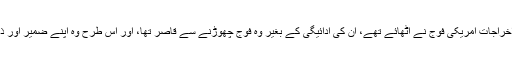
چونکہ اس کی تعلیم کے اخراجات امریکی فوج نے اٹھائے تھے، ان کی ادائیگی کے بغیر وہ فوج چھوڑنے سے قاصر تھا، اور اس طرح وہ اپنے ضمیر اور ذہن کا قیدی بن کر رہ گیا ۔